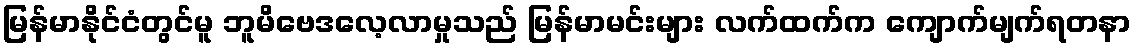
မြန်မာနိုင်ငံတွင်မူ ဘူမိဗေဒလေ့လာမှုသည် မြန်မာမင်းများ လက်ထက်က ကျောက်မျက်ရတနာ